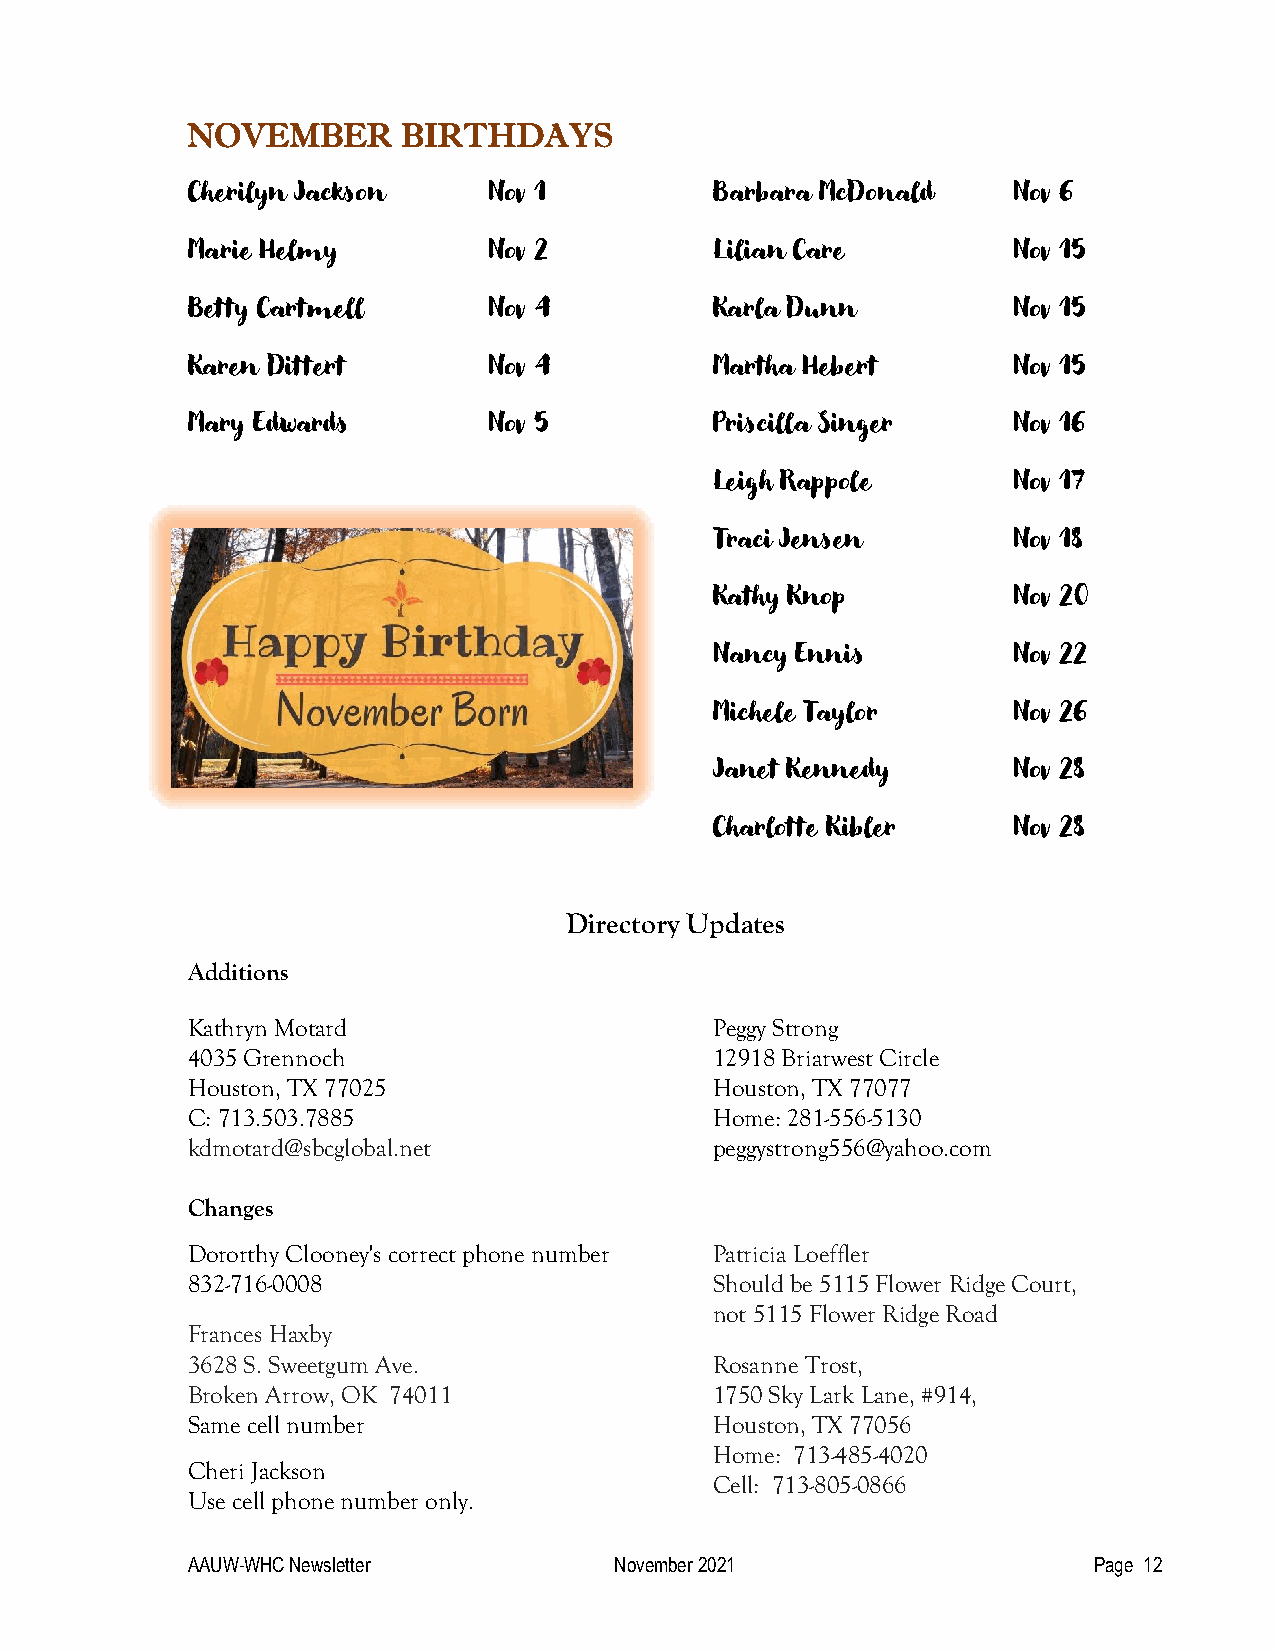
NOVEMBER       BIRTHDAYS
 Cherilyn Jackson    Nov 1          Barbara McDonald    Nov 6
 Marie Helmy         Nov 2          Lilian Care         Nov 15
 Betty Cartmell      Nov 4          Karla Dunn          Nov 15
 Karen Dittert       Nov 4          Martha Hebert       Nov 15
 Mary Edwards        Nov 5          Priscilla Singer    Nov 16
 Leigh Rappole       Nov 17
 Traci Jensen        Nov 18
 Kathy Knop          Nov 20
 Nancy Ennis         Nov 22
 Michele Taylor      Nov 26
 Janet Kennedy       Nov 28
 Charlotte Kibler    Nov 28
 Directory Updates
 Additions
 Kathryn Motard                     Peggy Strong
 4035 Grennoch                      12918 Briarwest Circle
 Houston, TX 77025                  Houston, TX 77077
 C: 713.503.7885                    Home: 281-556-5130
 kdmotard@sbcglobal.net             peggystrong556@yahoo.com
 Changes
 Dororthy Clooney's correct phone number Patricia Loeffler
 832-716-0008                       Should be 5115 Flower Ridge Court,
 not 5115 Flower Ridge Road
 Frances Haxby
 3628 S. Sweetgum Ave.              Rosanne Trost,
 Broken Arrow, OK 74011             1750 Sky Lark Lane, #914,
 Same cell number                   Houston, TX 77056
 Home: 713-485-4020
 Cheri Jackson
 Cell: 713-805-0866
 Use cell phone number only.
 AAUW-WHC Newsletter          November 2021                  Page 12